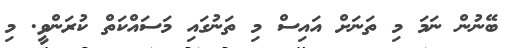
ބޭނުން ނަމަ މި ތަނަށް އައިސް މި ތަނުގައި މަސައްކަތް ކުރަންވީ. މި